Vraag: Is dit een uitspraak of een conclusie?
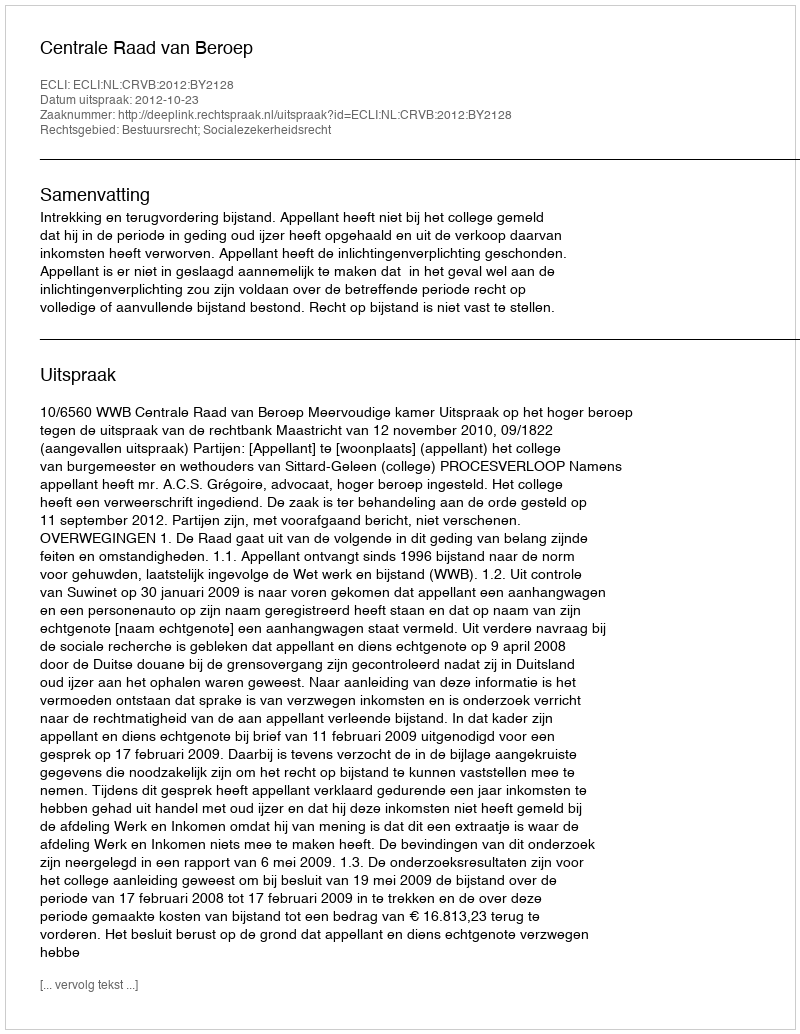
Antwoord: Uitspraak